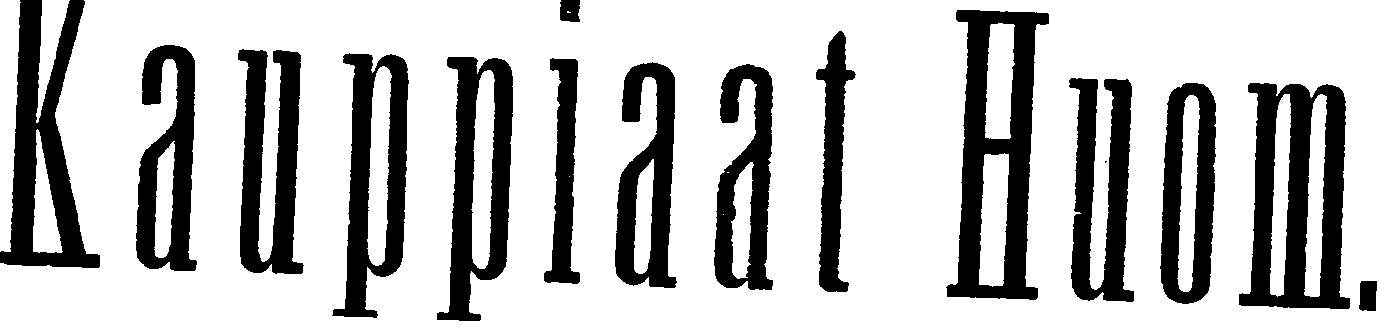
Kauppiaat Huom.